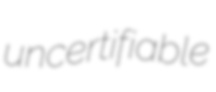
uncertifiable